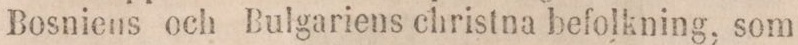
Bosniens och Bulgariens christna befolkning, som